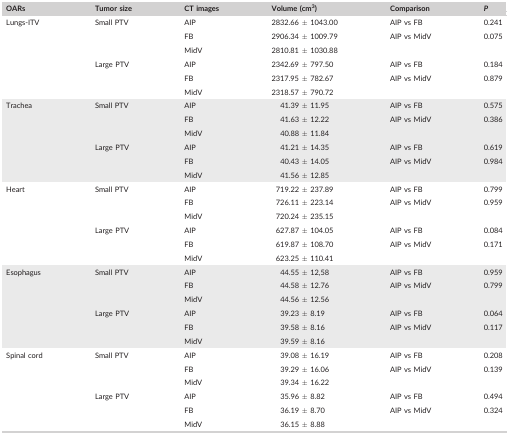
<table><thead><tr><td><b>OARs</b></td><td><b>Tumor size</b></td><td><b>CT images</b></td><td><b>Volume (cm<sup>3</sup>)</b></td><td><b>Comparison</b></td><td><b><i>P</i></b></td></tr></thead><tbody><tr><td rowspan="6">Lungs‐ITV</td><td rowspan="3">Small PTV</td><td>AIP</td><td>2832.66 ± 1043.00</td><td>AIP vs FB</td><td>0.241</td></tr><tr><td>FB</td><td>2906.34 ± 1009.79</td><td>AIP vs MidV</td><td>0.075</td></tr><tr><td>MidV</td><td>2810.81 ± 1030.88</td><td></td><td></td></tr><tr><td rowspan="3">Large PTV</td><td>AIP</td><td>2342.69 ± 797.50</td><td>AIP vs FB</td><td>0.184</td></tr><tr><td>FB</td><td>2317.95 ± 782.67</td><td>AIP vs MidV</td><td>0.879</td></tr><tr><td>MidV</td><td>2318.57 ± 790.72</td><td></td><td></td></tr><tr><td rowspan="6">Trachea</td><td rowspan="3">Small PTV</td><td>AIP</td><td>41.39 ± 11.95</td><td>AIP vs FB</td><td>0.575</td></tr><tr><td>FB</td><td>41.63 ± 12.22</td><td>AIP vs MidV</td><td>0.386</td></tr><tr><td>MidV</td><td>40.88 ± 11.84</td><td></td><td></td></tr><tr><td rowspan="3">Large PTV</td><td>AIP</td><td>41.21 ± 14.35</td><td>AIP vs FB</td><td>0.619</td></tr><tr><td>FB</td><td>40.43 ± 14.05</td><td>AIP vs MidV</td><td>0.984</td></tr><tr><td>MidV</td><td>41.56 ± 12.85</td><td></td><td></td></tr><tr><td rowspan="6">Heart</td><td rowspan="3">Small PTV</td><td>AIP</td><td>719.22 ± 237.89</td><td>AIP vs FB</td><td>0.799</td></tr><tr><td>FB</td><td>726.11 ± 223.14</td><td>AIP vs MidV</td><td>0.959</td></tr><tr><td>MidV</td><td>720.24 ± 235.15</td><td></td><td></td></tr><tr><td rowspan="3">Large PTV</td><td>AIP</td><td>627.87 ± 104.05</td><td>AIP vs FB</td><td>0.084</td></tr><tr><td>FB</td><td>619.87 ± 108.70</td><td>AIP vs MidV</td><td>0.171</td></tr><tr><td>MidV</td><td>623.25 ± 110.41</td><td></td><td></td></tr><tr><td rowspan="6">Esophagus</td><td rowspan="3">Small PTV</td><td>AIP</td><td>44.55 ± 12,58</td><td>AIP vs FB</td><td>0.959</td></tr><tr><td>FB</td><td>44.58 ± 12.76</td><td>AIP vs MidV</td><td>0.799</td></tr><tr><td>MidV</td><td>44.56 ± 12.56</td><td></td><td></td></tr><tr><td rowspan="3">Large PTV</td><td>AIP</td><td>39.23 ± 8.19</td><td>AIP vs FB</td><td>0.064</td></tr><tr><td>FB</td><td>39.58 ± 8.16</td><td>AIP vs MidV</td><td>0.117</td></tr><tr><td>MidV</td><td>39.59 ± 8.16</td><td></td><td></td></tr><tr><td rowspan="6">Spinal cord</td><td rowspan="3">Small PTV</td><td>AIP</td><td>39.08 ± 16.19</td><td>AIP vs FB</td><td>0.208</td></tr><tr><td>FB</td><td>39.29 ± 16.06</td><td>AIP vs MidV</td><td>0.139</td></tr><tr><td>MidV</td><td>39.34 ± 16.22</td><td></td><td></td></tr><tr><td rowspan="3">Large PTV</td><td>AIP</td><td>35.96 ± 8.82</td><td>AIP vs FB</td><td>0.494</td></tr><tr><td>FB</td><td>36.19 ± 8.70</td><td>AIP vs MidV</td><td>0.324</td></tr><tr><td>MidV</td><td>36.15 ± 8.88</td><td></td><td></td></tr></tbody></table>